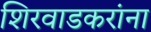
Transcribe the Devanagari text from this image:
शिरवाडकरांना